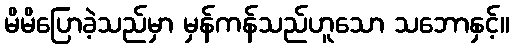
မိမိပြောခဲ့သည်မှာ မှန်ကန်သည်ဟူသော သဘောနှင့်။